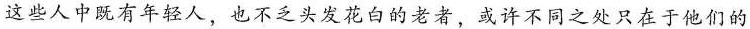
这些人中既有年轻人，也不乏头发花白的老者，或许不同之处只在于他们的